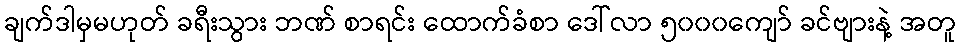
ချက်ဒါမှမဟုတ် ခရီးသွား ဘဏ် စာရင်း ထောက်ခံစာ ဒေါ်လာ ၅၀၀၀ကျော် ခင်ဗျားနဲ့ အတူ